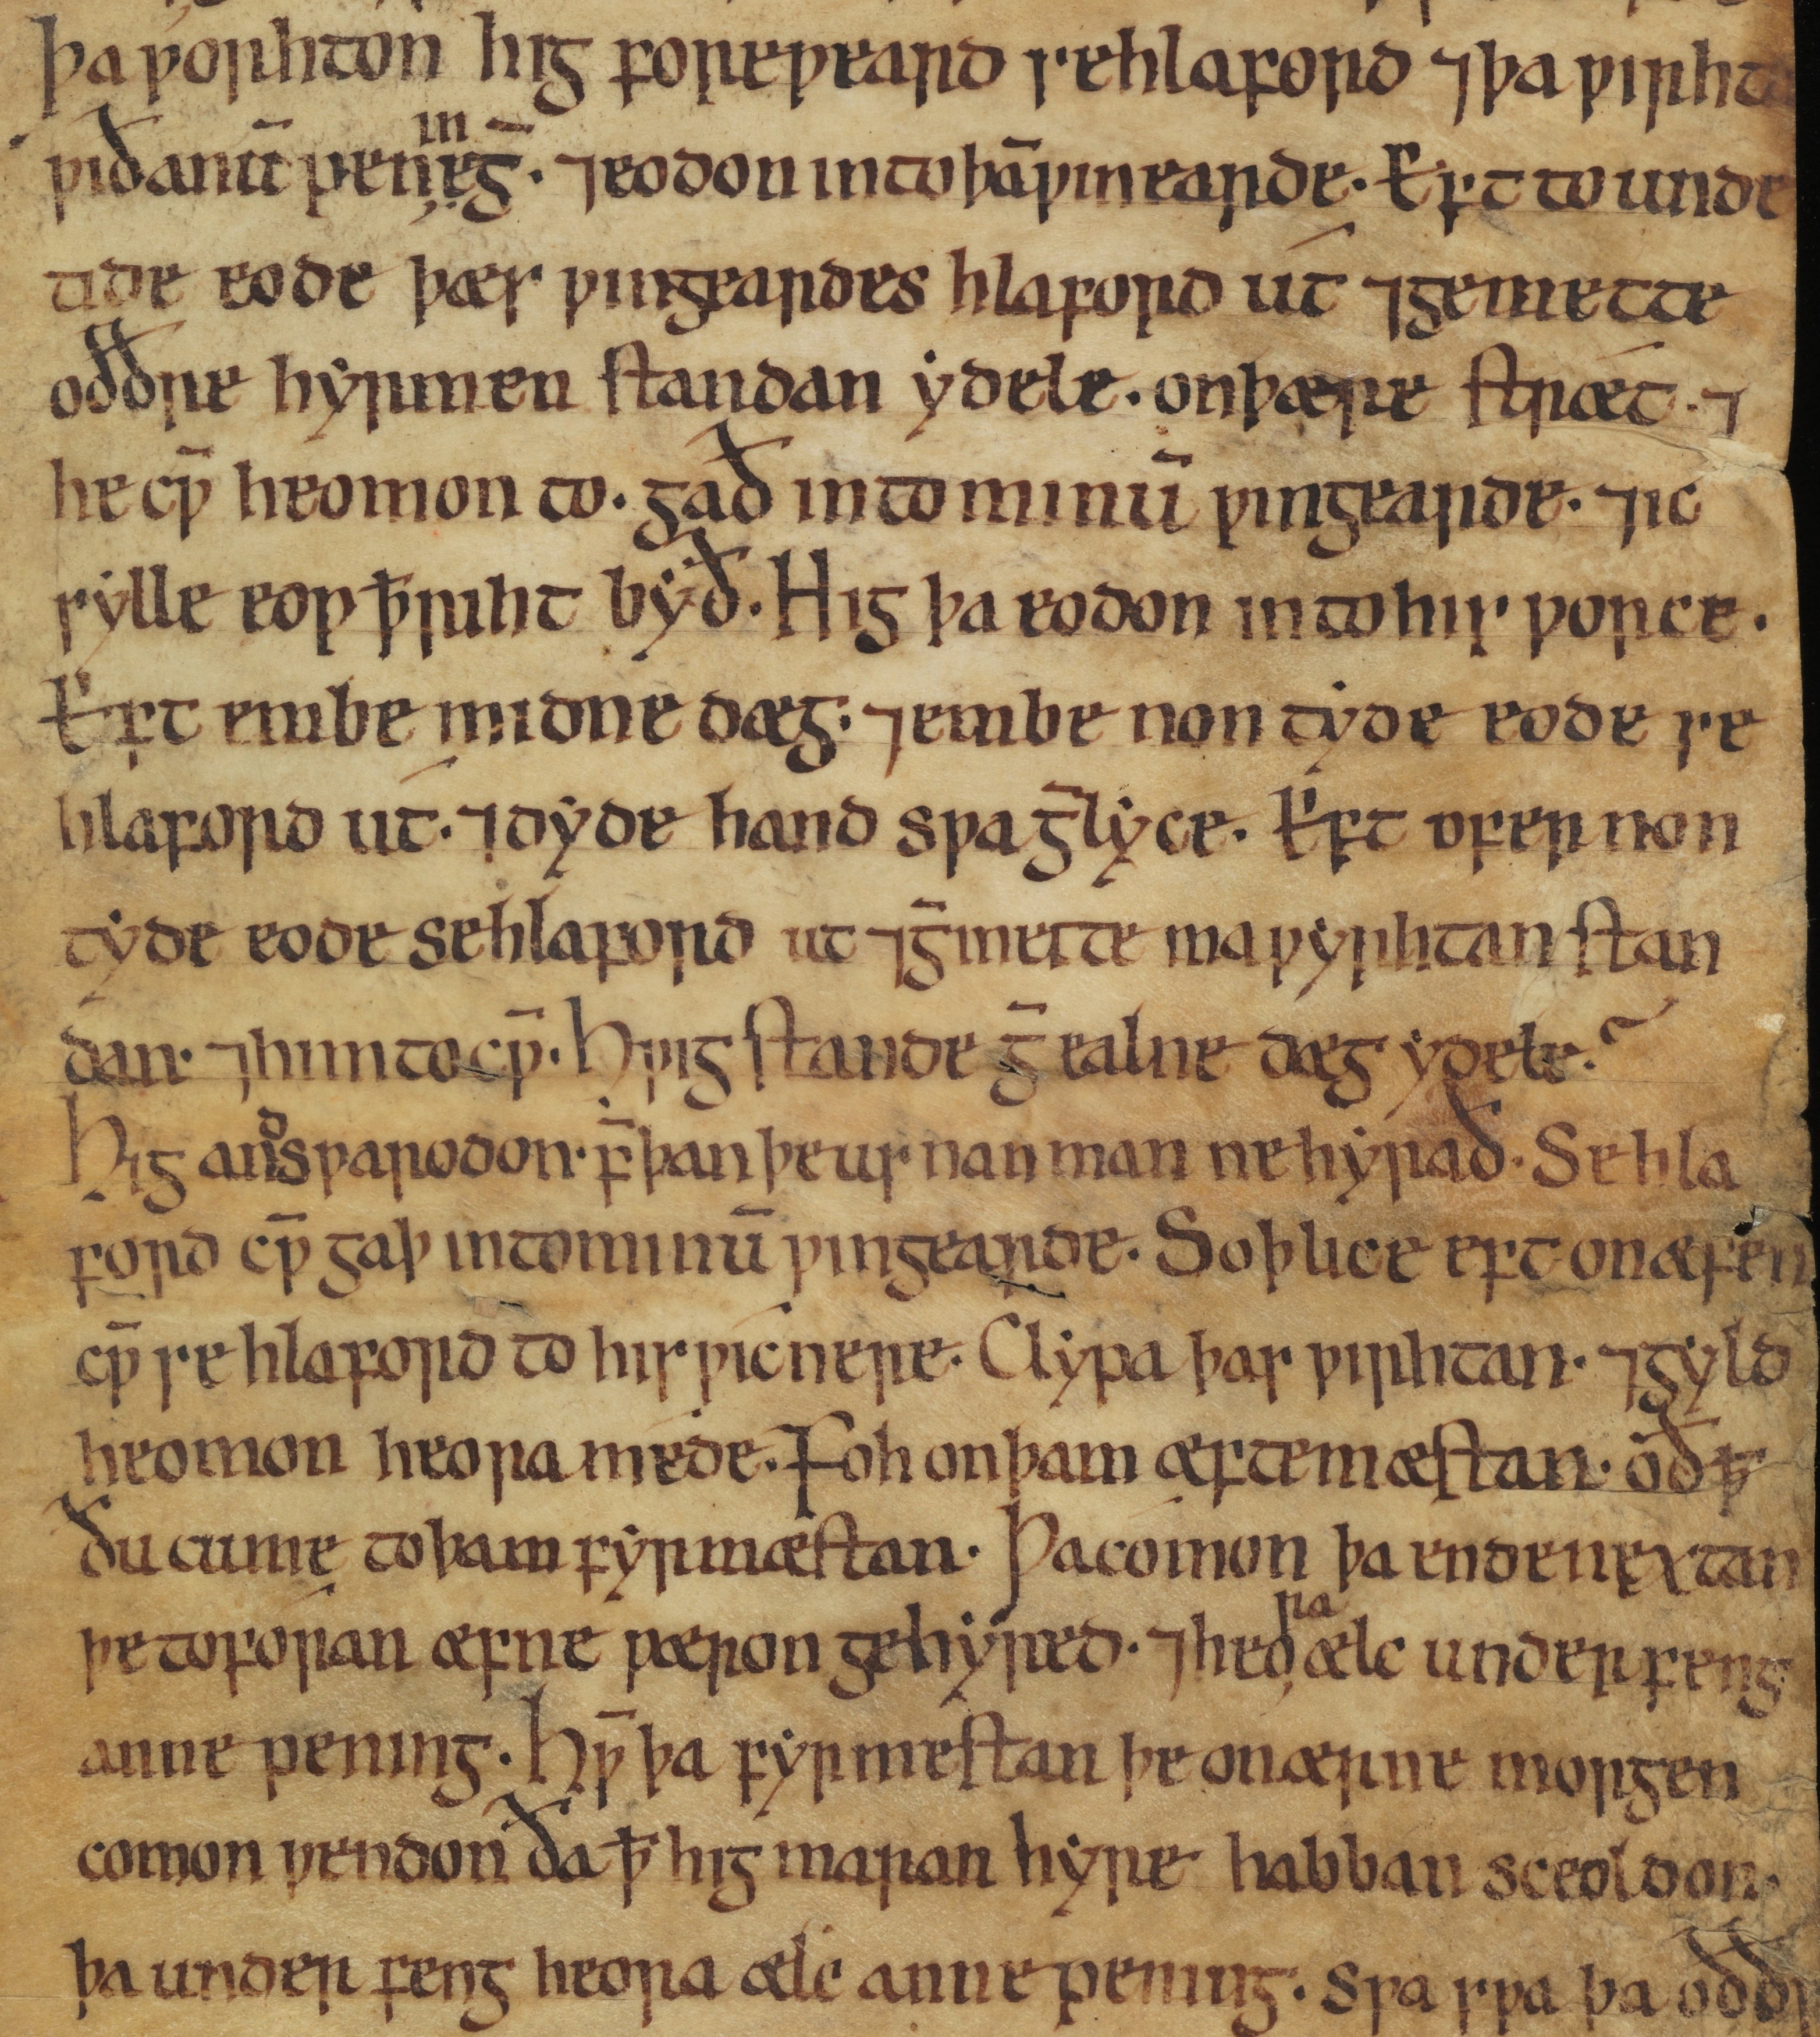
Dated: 1050–1099